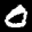
Label: 0